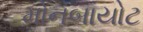
મોનબાયોટ